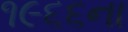
૧૯૬૬ના